Annual statistical returns and brief notes on vaccination in Bengal - 1887-1898
Year: 1887
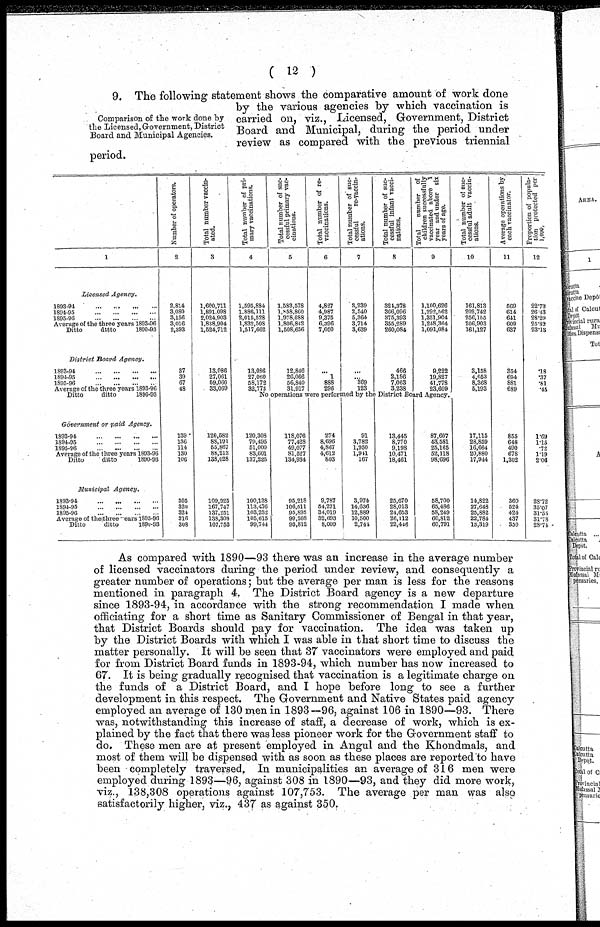
( 12 )
Comparison of the work done by
the Licensed, Government, District
Board and Municipal Agencies.
9. The following statement shows the comparative amount of work done
by the various agencies by which vaccination is
carried on, viz., Licensed, Government, District
Board and Municipal, during the period under
review as compared with the previous triennial
period.
1
Licensed
Agency.
1893-91
...
...
...
...
1894-95
...
...
...
...
1895-96
...
...
...
...
Average of the three years 1893-96
Ditto
ditto
1890-93
District Board
Agency.
1893-94
...
...
...
...
1891-95
...
...
...
...
1895-96
...
...
...
...
Average of the three years 1893-96
Ditto
ditto
1890-93
Government
or paid
Agency.
1893-94
...
...
...
...
1894-95
...
...
...
...
1895-96
...
...
...
...
Average of the three years 1893-96
Ditto
ditto
1890-93
Municipal
Agency.
1893-94
...
...
...
...
1894-95
...
...
...
...
1895-96
...
...
...
...
Average of the three years 1893-96
Ditto
ditto
1890-93
Number of operators.
2
2,814
3,080
3,156
3,016
2,393
37
39
67
48
139
136
114
130
106
305
320
324
316
308
Total number vaccin-
ated.
3
1,600,711
1,891,098
2,024,903
1,838,904
1,524,712
13,086
27,061
69,060
33,069
120,582
88,191
55,867
88,213
138,028
109,925
167,747
137,251
138,303
107,753
Total number of pri-
mary vaccinations.
4
1,595,884
1,886,111
2,015,528
1,832,508
1,517,662
13,086
27,060
58,172
32,773
Total number of suc-
cessful primary vac¬
cinations.
5
1,583,578
1,858,860
1,978,088
1,806,842
1,508,656
12,846
26,066
56,840
31,917
Total number of re¬
vaccinations.
6
4,827
4,987
9,375
6,396
7,050
...
1
888
296
Total number of suc-
cessful
re-vaccin-
ations.
7
3,239
2,540
5,364
3,714
3,639
...
... 369
123
Total number of suc-
cessful infant vacci-
nations.
8
324,378
366,096
375,393
355,289
260,084
466
2,186
7,063
3,238
Total
number of
children successfully
vaccinated above 1
year and under six
years of age.
9
1,100,626
1,292,562
1,351,904
1,248,364
1,091,081
9,222
19,827
41,778
23,609
No operations were performed by the District Board Agency.
120,308
79,495
51,000
83,601
137,225
100,138
113,476
103,232
105,615
99,744
118,076
77,428
49,077
81,527
134,934
95,218
106,511
95,895
99,208
93,812
274
8,696
4,867
4,612
803
9,787
54,271
34,019
32,693
8,009
91
3,782
1,950
1,941
167
3,974
14,636
12,889
10,500
2,744
13,445
8,770
9,198
10,471
18,461
25,670
28,013
24,653
26,112
22,446
87,607
43,581
25,165
52,118
98,696
58,700
65,486
58,249
60,812
60,791
Total number of suc-
cessful adult vaccin-
ations.
10
161,813
202,742
256,155
206,903
161,127
3,158
4,053
8,368
5,193
17,115
28,859
16,664
20,880
17,944
14,822
27,648
25,882
22,784
13,319
Average operations by
each
vaccinator.
11
569
614
641
609
637
354
694
881
689
855
648
490
678
1,302
360
524
424
437
350
Proportion of popula-
tion
protected
per
1,000.
12
22.73
26.43
28.29
25.82
23.18
.18
.37
.81
.45
1.69
1.15
.72
1.19
2.06
28.72
35.07
31.55
81.78
28.71
As compared with 1890—93 there was an increase in the average number
of licensed vaccinators during the period under review, and consequently a
greater number of operations ; but the average per man is less for the reasons
mentioned in paragraph 4. The District Board agency is a new departure
since 1893-94, in accordance with the strong recommendation I made when
officiating for a short time as Sanitary Commissioner of Bengal in that year,
that District Boards should pay for vaccination. The idea was taken up
by the District Boards with which I was able in that short time to discuss the
matter personally. It will be seen that 37 vaccinators were employed and paid
for from District Board funds in 1893-94, which number has now increased to
67. It is being gradually recognised that vaccination is a legitimate charge on
the funds of a District Board, and I hope before long to see a further
development in this respect. The Government and Native States paid agency
employed an average of 130 men in 1893—96, against 106 in 1890—93. There
was, notwithstanding this increase of staff, a decrease of work, which is ex-
plained by the fact that there was less pioneer work for the Government staff to
do. These men are at present employed in Angul and the Khondmals, and
most of them will be dispensed with as soon as these places are reported to have
been completely traversed, In municipalities an average of 316 men were
employed during 1893—96, against 308 in 1890—93, and they did more work,
viz., 138,308 operations against 107,753. The average per man was also
satisfactorily higher, viz., 437 as against 350.